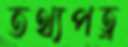
তথ্যপত্র